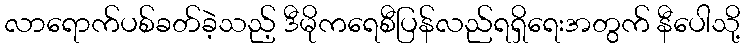
လာရောက်ပစ်ခတ်ခဲ့သည့် ဒီမိုကရေစီပြန်လည်ရရှိရေးအတွက် နီပေါသို့